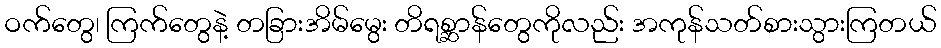
ဝက်တွေ၊ ကြက်တွေနဲ့ တခြားအိမ်မွေး တိရစ္ဆာန်တွေကိုလည်း အကုန်သတ်စားသွားကြတယ်